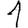
Digit: 1